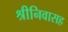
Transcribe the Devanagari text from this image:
श्रीनिवासह